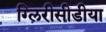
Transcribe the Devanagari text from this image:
ग्लिरीसीडीया